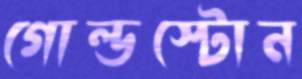
গোল্ডস্টোন